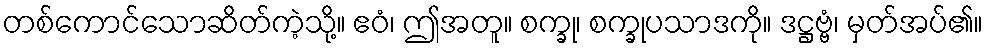
တစ်ကောင်သောဆိတ်ကဲ့သို့။ ဧဝံ၊ ဤအတူ။ စက္ခု၊ စက္ခုပသာဒကို။ ဒဋ္ဌဗ္ဗံ၊ မှတ်အပ်၏။